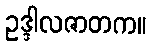
ဥဒ္ဒါလဇာတက။